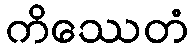
ကိဿေတံ